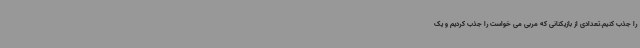
را جذب کنیم.تعدادی از بازیکنانی که مربی می خواست را جذب کردیم و یک